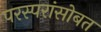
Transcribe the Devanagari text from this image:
परस्परांसोबत